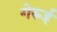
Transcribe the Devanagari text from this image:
गेरूई